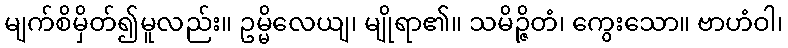
မျက်စိမှိတ်၍မူလည်း။ ဥမ္မိလေယျ၊ မျိုရာ၏။ သမိဉ္ဇိတံ၊ ကွေးသော။ ဗာဟံဝါ၊